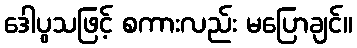
ဒေါပွသဖြင့် စကားလည်း မပြောချင်။